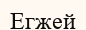
Егжей